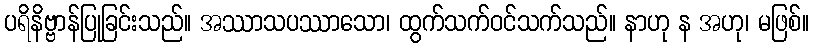
ပရိနိဗ္ဗာန်ပြုခြင်းသည်။ အဿာသပဿာသော၊ ထွက်သက်ဝင်သက်သည်။ နာဟု န အဟု၊ မဖြစ်။